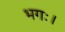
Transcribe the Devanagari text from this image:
भगः।